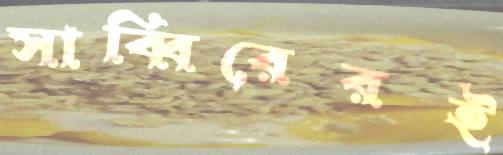
সাব্বিরেরই